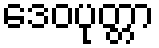
ဒေဝပုတ္တာ